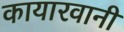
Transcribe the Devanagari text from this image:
कायारवानी